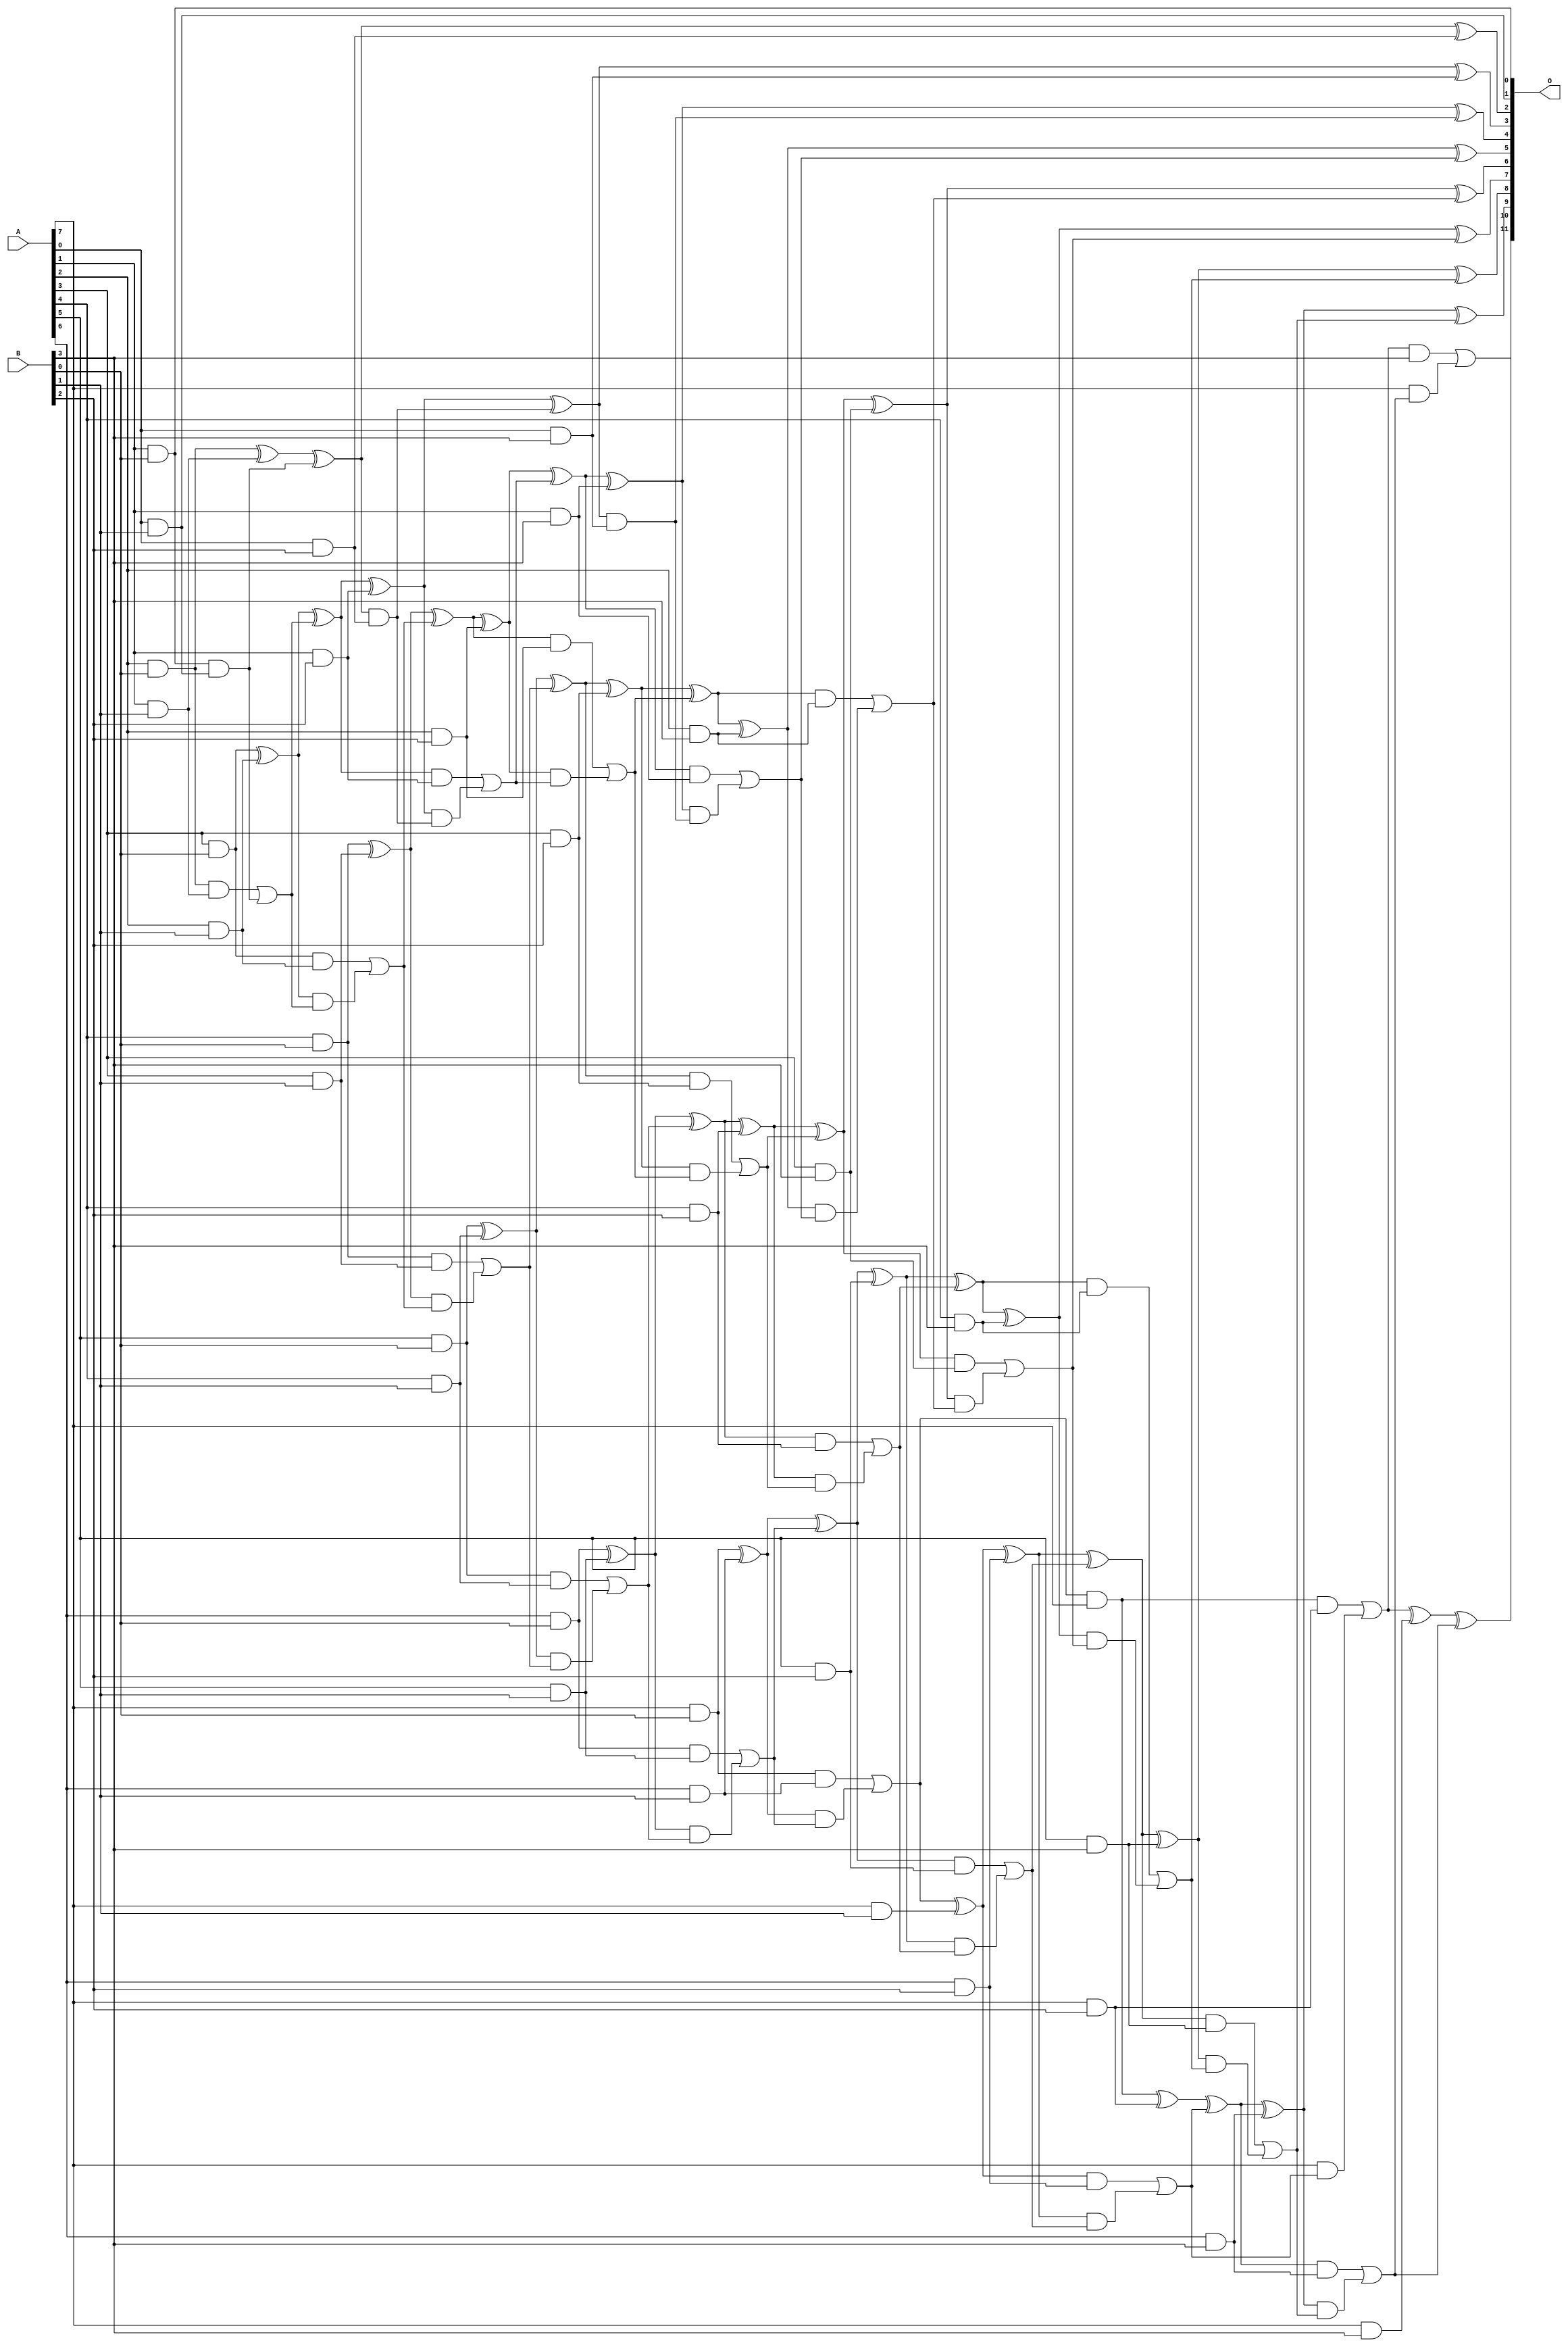
// This program was cloned from: https://github.com/ehw-fit/evoapproxlib
// License: MIT License

/***
* This code is a part of EvoApproxLib library (ehw.fit.vutbr.cz/approxlib) distributed under The MIT License.
* When used, please cite the following article(s): V. Mrazek, L. Sekanina, Z. Vasicek "Libraries of Approximate Circuits: Automated Design and Application in CNN Accelerators" IEEE Journal on Emerging and Selected Topics in Circuits and Systems, Vol 10, No 4, 2020 
* This file contains a circuit from a sub-set of pareto optimal circuits with respect to the pwr and mse parameters
***/
// MAE% = 0.012 %
// MAE = 0.5 
// WCE% = 0.049 %
// WCE = 2.0 
// WCRE% = 100.00 %
// EP% = 37.50 %
// MRE% = 0.33 %
// MSE = 0.75 
// PDK45_PWR = 0.129 mW
// PDK45_AREA = 304.6 um2
// PDK45_DELAY = 1.12 ns

module mul8x4u_3XB (
    A,
    B,
    O
);

input [7:0] A;
input [3:0] B;
output [11:0] O;

wire sig_12,sig_14,sig_15,sig_16,sig_17,sig_18,sig_19,sig_20,sig_21,sig_22,sig_23,sig_24,sig_25,sig_26,sig_27,sig_28,sig_30,sig_31,sig_33,sig_34;
wire sig_35,sig_36,sig_37,sig_38,sig_39,sig_40,sig_41,sig_42,sig_43,sig_44,sig_45,sig_46,sig_47,sig_48,sig_49,sig_50,sig_51,sig_52,sig_53,sig_54;
wire sig_55,sig_56,sig_57,sig_58,sig_59,sig_60,sig_61,sig_62,sig_63,sig_64,sig_65,sig_66,sig_67,sig_68,sig_69,sig_70,sig_71,sig_72,sig_73,sig_74;
wire sig_75,sig_76,sig_77,sig_78,sig_79,sig_80,sig_81,sig_82,sig_83,sig_84,sig_85,sig_86,sig_87,sig_88,sig_89,sig_90,sig_91,sig_92,sig_93,sig_94;
wire sig_95,sig_96,sig_97,sig_98,sig_99,sig_100,sig_101,sig_102,sig_103,sig_104,sig_105,sig_106,sig_107,sig_108,sig_109,sig_110,sig_111,sig_112,sig_113,sig_114;
wire sig_115,sig_116,sig_117,sig_118,sig_119,sig_120,sig_121,sig_122,sig_123,sig_124,sig_125,sig_126,sig_127,sig_128,sig_129,sig_130,sig_131,sig_132,sig_133,sig_134;
wire sig_135,sig_136,sig_137,sig_138,sig_139,sig_140,sig_141,sig_142,sig_143,sig_144,sig_145,sig_146,sig_147,sig_148,sig_149,sig_150,sig_151;

assign sig_12 = A[1] & B[0];
assign sig_14 = A[2] & B[0];
assign sig_15 = A[3] & B[0];
assign sig_16 = A[4] & B[0];
assign sig_17 = A[5] & B[0];
assign sig_18 = A[6] & B[0];
assign sig_19 = A[7] & B[0];
assign sig_20 = A[0] & B[1];
assign sig_21 = A[1] & B[1];
assign sig_22 = A[2] & B[1];
assign sig_23 = A[3] & B[1];
assign sig_24 = A[4] & B[1];
assign sig_25 = A[5] & B[1];
assign sig_26 = A[6] & B[1];
assign sig_27 = A[7] & B[1];
assign sig_28 = sig_12 & sig_20;
assign sig_30 = sig_14 ^ sig_21;
assign sig_31 = sig_14 & sig_21;
assign sig_33 = sig_30 ^ sig_28;
assign sig_34 = sig_31 | sig_28;
assign sig_35 = sig_15 ^ sig_22;
assign sig_36 = sig_15 & sig_22;
assign sig_37 = sig_35 & sig_34;
assign sig_38 = sig_35 ^ sig_34;
assign sig_39 = sig_36 | sig_37;
assign sig_40 = sig_16 ^ sig_23;
assign sig_41 = sig_16 & sig_23;
assign sig_42 = sig_40 & sig_39;
assign sig_43 = sig_40 ^ sig_39;
assign sig_44 = sig_41 | sig_42;
assign sig_45 = sig_17 ^ sig_24;
assign sig_46 = sig_17 & sig_24;
assign sig_47 = sig_45 & sig_44;
assign sig_48 = sig_45 ^ sig_44;
assign sig_49 = sig_46 | sig_47;
assign sig_50 = sig_18 ^ sig_25;
assign sig_51 = sig_18 & sig_25;
assign sig_52 = sig_50 & sig_49;
assign sig_53 = sig_50 ^ sig_49;
assign sig_54 = sig_51 | sig_52;
assign sig_55 = sig_19 ^ sig_26;
assign sig_56 = sig_19 & sig_26;
assign sig_57 = sig_55 & sig_54;
assign sig_58 = sig_55 ^ sig_54;
assign sig_59 = sig_56 | sig_57;
assign sig_60 = sig_59 & A[7];
assign sig_61 = sig_59 ^ sig_27;
assign sig_62 = A[0] & B[2];
assign sig_63 = A[1] & B[2];
assign sig_64 = A[2] & B[2];
assign sig_65 = A[3] & B[2];
assign sig_66 = A[4] & B[2];
assign sig_67 = A[5] & B[2];
assign sig_68 = A[6] & B[2];
assign sig_69 = A[7] & B[2];
assign sig_70 = sig_33 & sig_62;
assign sig_71 = sig_33 ^ sig_62;
assign sig_72 = sig_38 ^ sig_63;
assign sig_73 = sig_38 & sig_63;
assign sig_74 = sig_72 & sig_70;
assign sig_75 = sig_72 ^ sig_70;
assign sig_76 = sig_73 | sig_74;
assign sig_77 = sig_43 ^ sig_64;
assign sig_78 = sig_43 & sig_64;
assign sig_79 = sig_77 & sig_76;
assign sig_80 = sig_77 ^ sig_76;
assign sig_81 = sig_78 | sig_79;
assign sig_82 = sig_48 ^ sig_65;
assign sig_83 = sig_48 & sig_65;
assign sig_84 = sig_82 & sig_81;
assign sig_85 = sig_82 ^ sig_81;
assign sig_86 = sig_83 | sig_84;
assign sig_87 = sig_53 ^ sig_66;
assign sig_88 = sig_53 & sig_66;
assign sig_89 = sig_87 & sig_86;
assign sig_90 = sig_87 ^ sig_86;
assign sig_91 = sig_88 | sig_89;
assign sig_92 = sig_58 ^ sig_67;
assign sig_93 = sig_58 & sig_67;
assign sig_94 = sig_92 & sig_91;
assign sig_95 = sig_92 ^ sig_91;
assign sig_96 = sig_93 | sig_94;
assign sig_97 = sig_61 ^ sig_68;
assign sig_98 = sig_61 & sig_68;
assign sig_99 = sig_97 & sig_96;
assign sig_100 = sig_97 ^ sig_96;
assign sig_101 = sig_98 | sig_99;
assign sig_102 = sig_60 ^ sig_69;
assign sig_103 = sig_60 & sig_69;
assign sig_104 = A[7] & sig_101;
assign sig_105 = sig_102 ^ sig_101;
assign sig_106 = sig_103 | sig_104;
assign sig_107 = A[0] & B[3];
assign sig_108 = A[1] & B[3];
assign sig_109 = A[2] & B[3];
assign sig_110 = A[3] & B[3];
assign sig_111 = A[4] & B[3];
assign sig_112 = A[5] & B[3];
assign sig_113 = A[6] & B[3];
assign sig_114 = A[7] & B[3];
assign sig_115 = sig_75 & sig_107;
assign sig_116 = sig_75 ^ sig_107;
assign sig_117 = sig_80 ^ sig_108;
assign sig_118 = sig_80 & sig_108;
assign sig_119 = sig_117 & sig_115;
assign sig_120 = sig_117 ^ sig_115;
assign sig_121 = sig_118 | sig_119;
assign sig_122 = sig_85 ^ sig_109;
assign sig_123 = sig_85 & sig_109;
assign sig_124 = sig_122 & sig_121;
assign sig_125 = sig_122 ^ sig_121;
assign sig_126 = sig_123 | sig_124;
assign sig_127 = sig_90 ^ sig_110;
assign sig_128 = sig_90 & sig_110;
assign sig_129 = sig_127 & sig_126;
assign sig_130 = sig_127 ^ sig_126;
assign sig_131 = sig_128 | sig_129;
assign sig_132 = sig_95 ^ sig_111;
assign sig_133 = sig_95 & sig_111;
assign sig_134 = sig_132 & sig_131;
assign sig_135 = sig_132 ^ sig_131;
assign sig_136 = sig_133 | sig_134;
assign sig_137 = sig_100 ^ sig_112;
assign sig_138 = sig_100 & sig_112;
assign sig_139 = sig_137 & sig_136;
assign sig_140 = sig_137 ^ sig_136;
assign sig_141 = sig_138 | sig_139;
assign sig_142 = sig_105 ^ sig_113;
assign sig_143 = sig_105 & sig_113;
assign sig_144 = sig_142 & sig_141;
assign sig_145 = sig_142 ^ sig_141;
assign sig_146 = sig_143 | sig_144;
assign sig_147 = sig_106 ^ sig_114;
assign sig_148 = sig_106 & B[3];
assign sig_149 = A[7] & sig_146;
assign sig_150 = sig_147 ^ sig_146;
assign sig_151 = sig_148 | sig_149;

assign O[11] = sig_151;
assign O[10] = sig_150;
assign O[9] = sig_145;
assign O[8] = sig_140;
assign O[7] = sig_135;
assign O[6] = sig_130;
assign O[5] = sig_125;
assign O[4] = sig_120;
assign O[3] = sig_116;
assign O[2] = sig_71;
assign O[1] = sig_20;
assign O[0] = sig_12;

endmodule